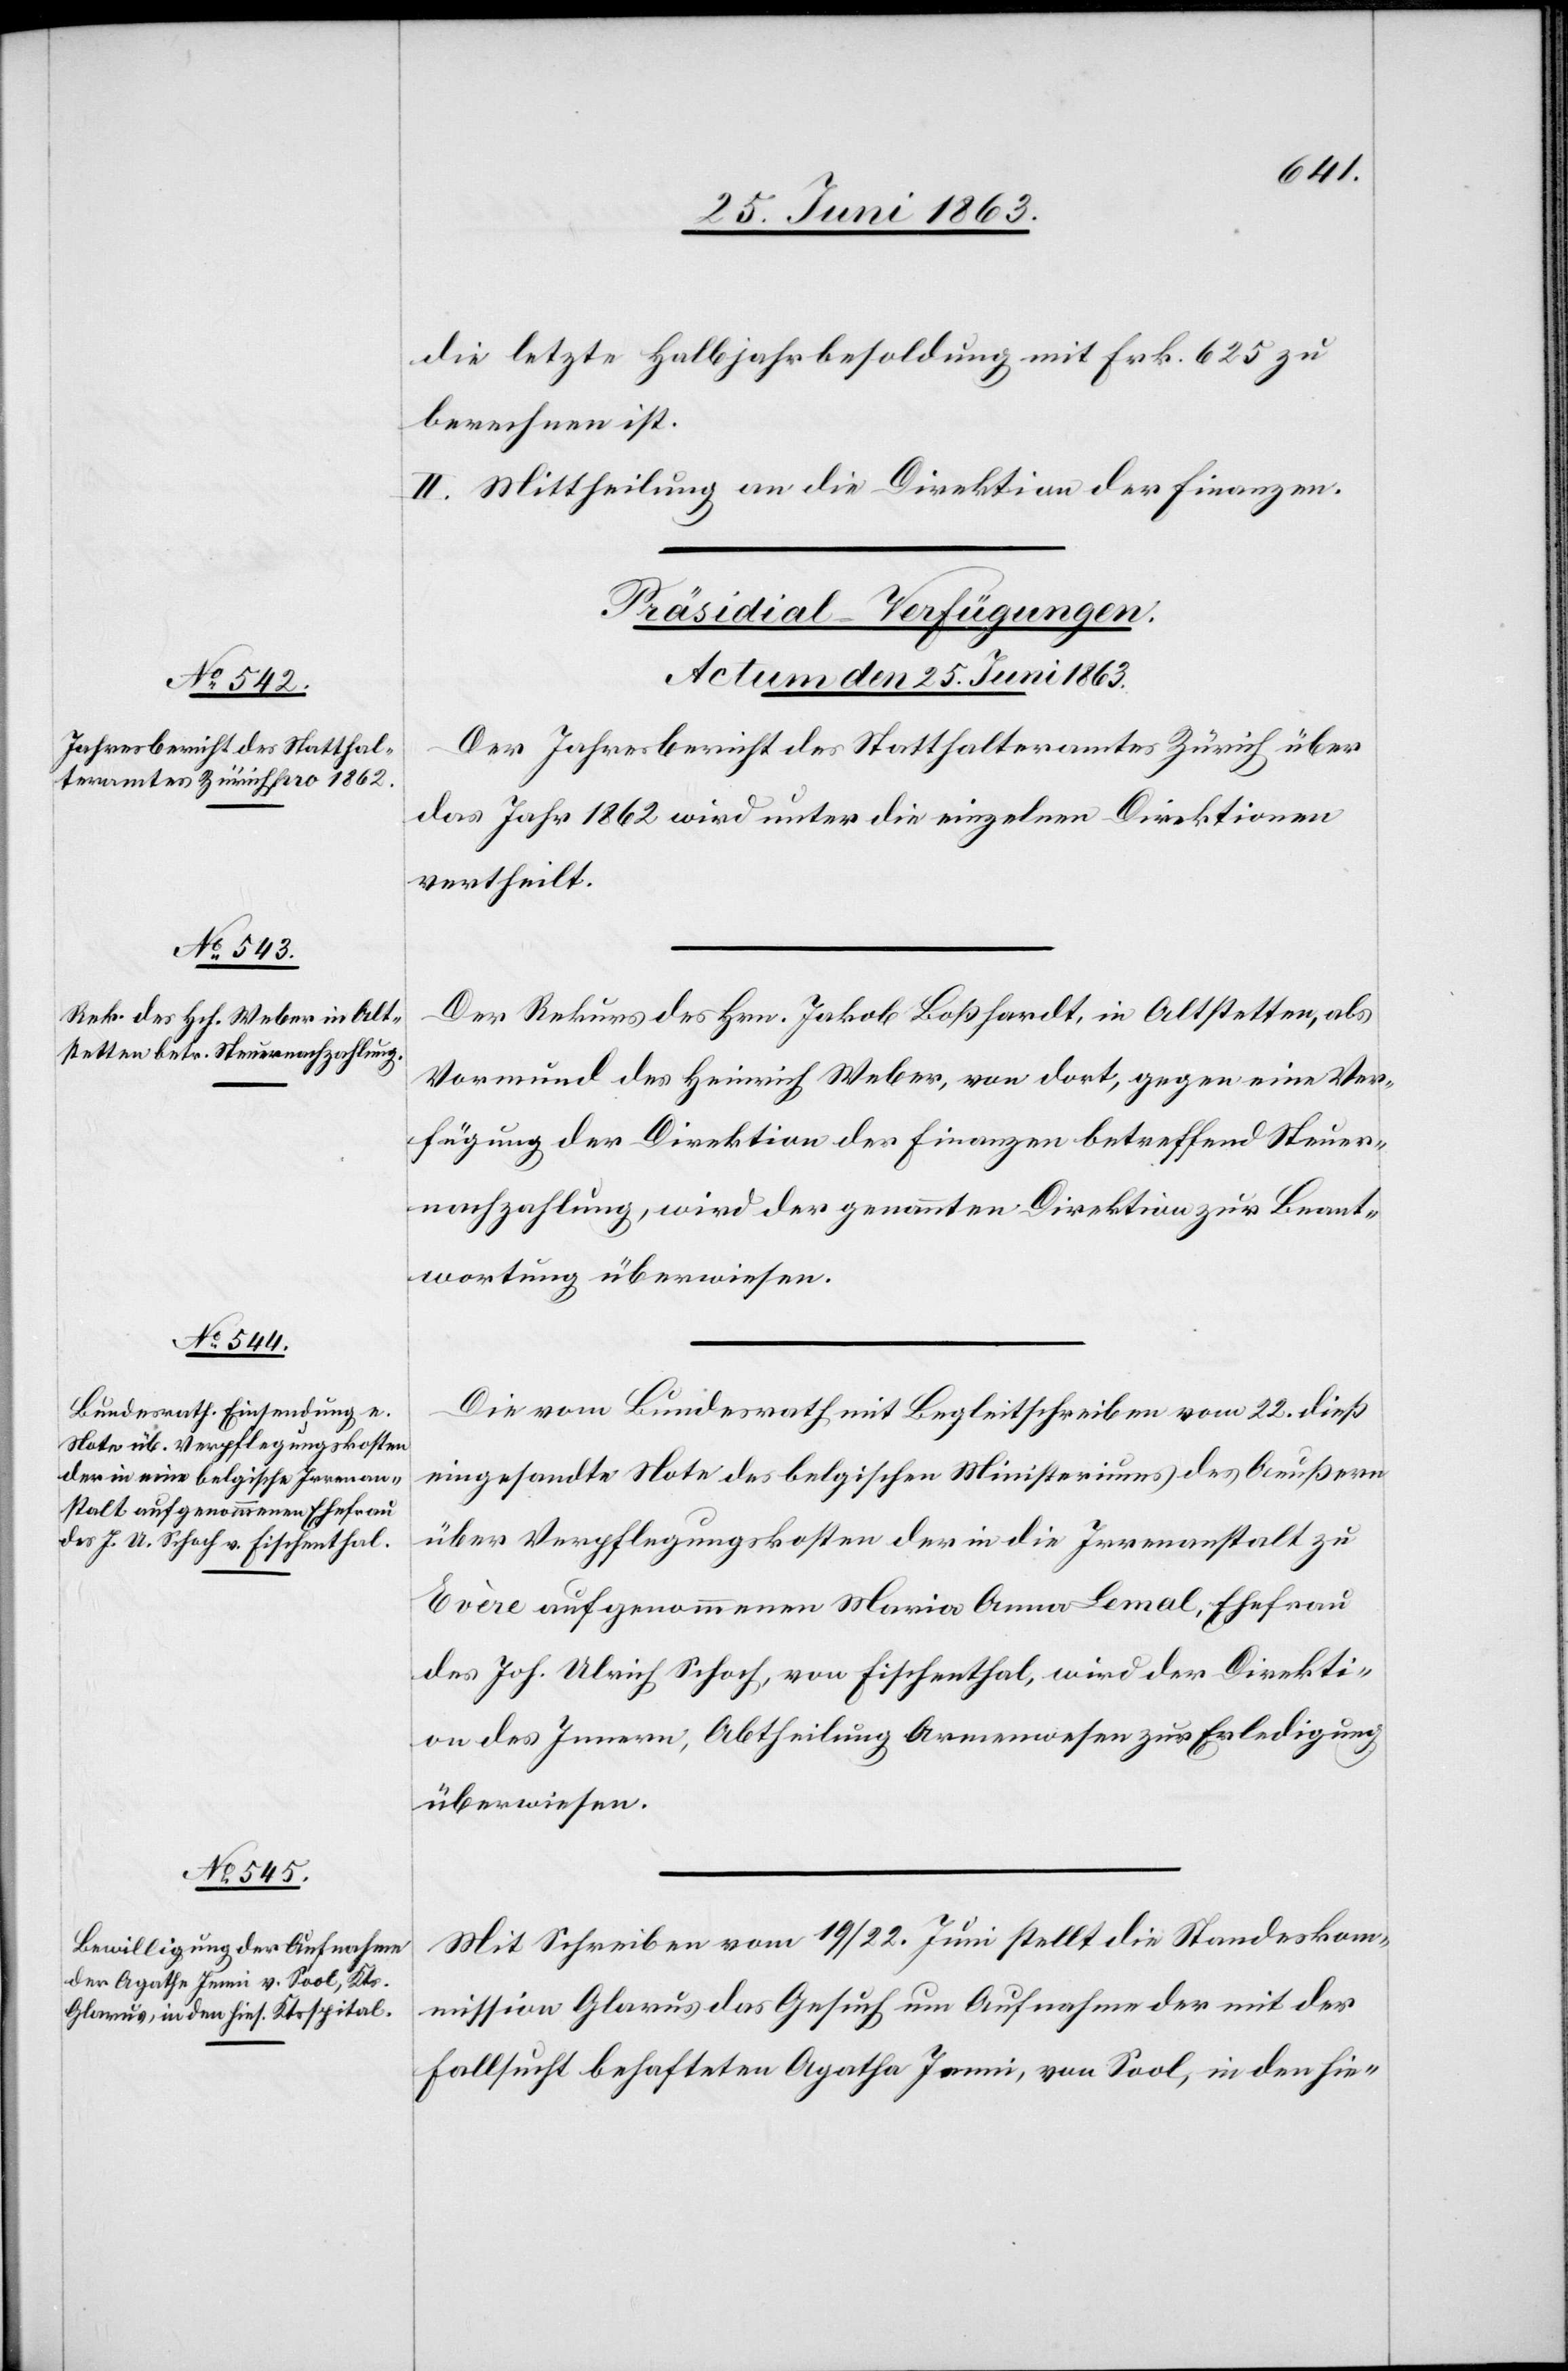
die letzte Halbjahrbesoldung mit Frk. 625 zu
berechnen ist.
II. Mittheilung an die Direktion der Finanzen.
[Präsidial-Verfügungen.
Actum den 25. Juni 1863.]
Der Jahresbericht des Statthalteramtes Zürich über
das Jahr 1862 wird unter die einzelnen Direktionen
vertheilt.
Der Rekurs des Hrn. Jakob Boßhardt, in Altstetten, als
Vormund des Heinrich Weber, von dort, gegen eine Ver¬
fügung der Direktion der Finanzen, betreffend Steuer¬
nachzahlung, wird der genannten Direktion zur Beant¬
wortung überwiesen.
Die vom Bundesrath mit Begleitschreiben vom 22. dieß
eingesandte Note des belgischen Ministeriums des Aeußern
über Verpflegungskosten der in die Irrenanstalt zu
Evère aufgenommenen Maria Anna Lemal, Ehefrau
des Joh. Ulrich Schoch, von Fischenthal, wird der Direkti¬
on des Innern, Abtheilung Armenwesen zur Erledigung
überwiesen.
Mit Schreiben vom 19/22. Juni stellt die Standeskom¬
mission Glarus das Gesuch um Aufnahme der mit der
Fallsucht behafteten Agatha Jenni, von Sool, in den hie-